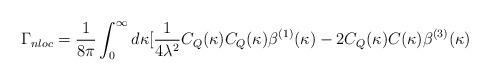
LaTeX: \begin{align*}\Gamma_{nloc}= \frac{1}{8 \pi} \int_{0}^{\infty} d \kappa [\frac{1}{4\lambda^2} C_{Q}(\kappa) C_{Q}(\kappa) \beta^{(1)}(\kappa) -2 C_{Q}(\kappa) C (\kappa) \beta^{(3)}(\kappa)\end{align*}